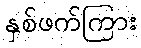
နှစ်ဖက်ကြား